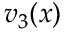
v _ { 3 } ( x )